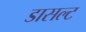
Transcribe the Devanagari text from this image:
डासल्ट